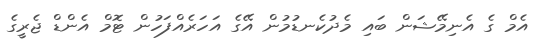
އެމް ގެ އެނިމޭޝަން ބައި މެދުކެނޑުމުން އޭގެ އަހަރެއްފަހުން ޓޮމް އެންޑް ޖެރީގެ